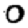
Digit: 0